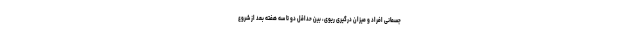
جسمانی افراد و میزان درگیری ریوی، بین حداقل دو تا سه هفته بعد از شروع